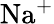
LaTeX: \mathrm{Na}^{+}